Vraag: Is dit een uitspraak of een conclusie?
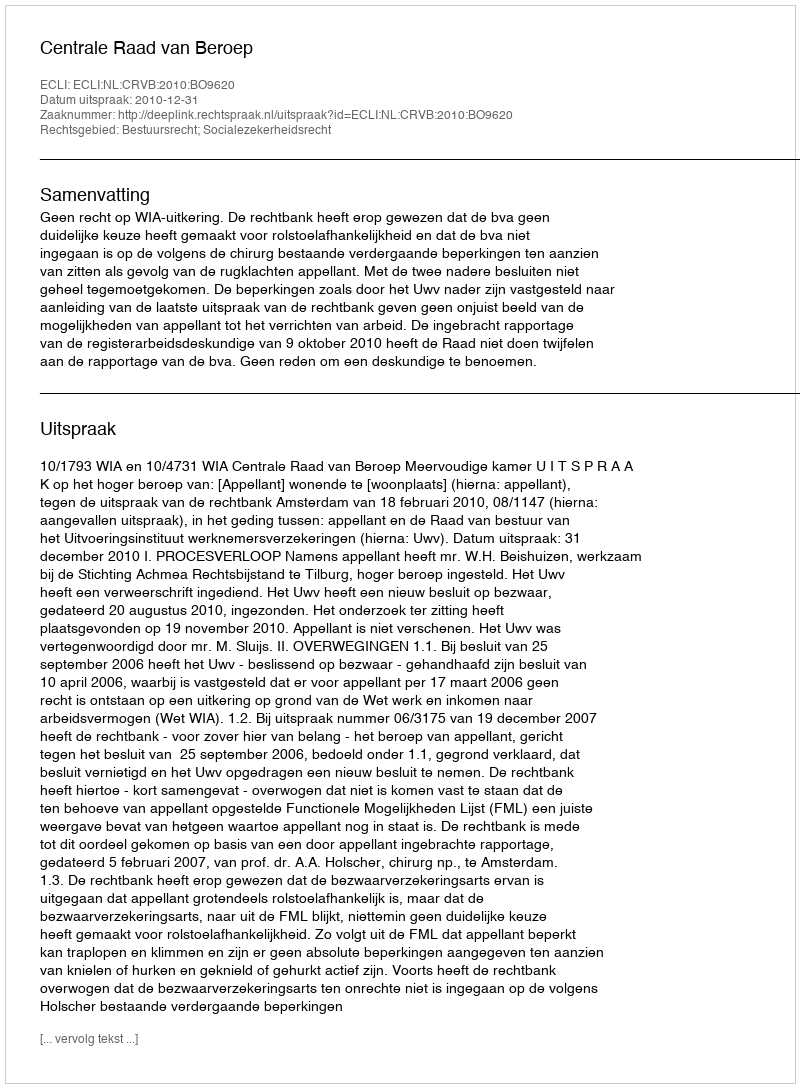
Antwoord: Uitspraak